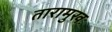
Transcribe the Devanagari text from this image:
तारामुखः